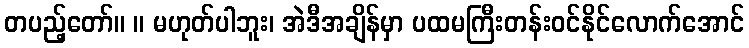
တပည့်တော်။ ။ မဟုတ်ပါဘူး၊ အဲဒီအချိန်မှာ ပထမကြီးတန်းဝင်နိုင်လောက်အောင်